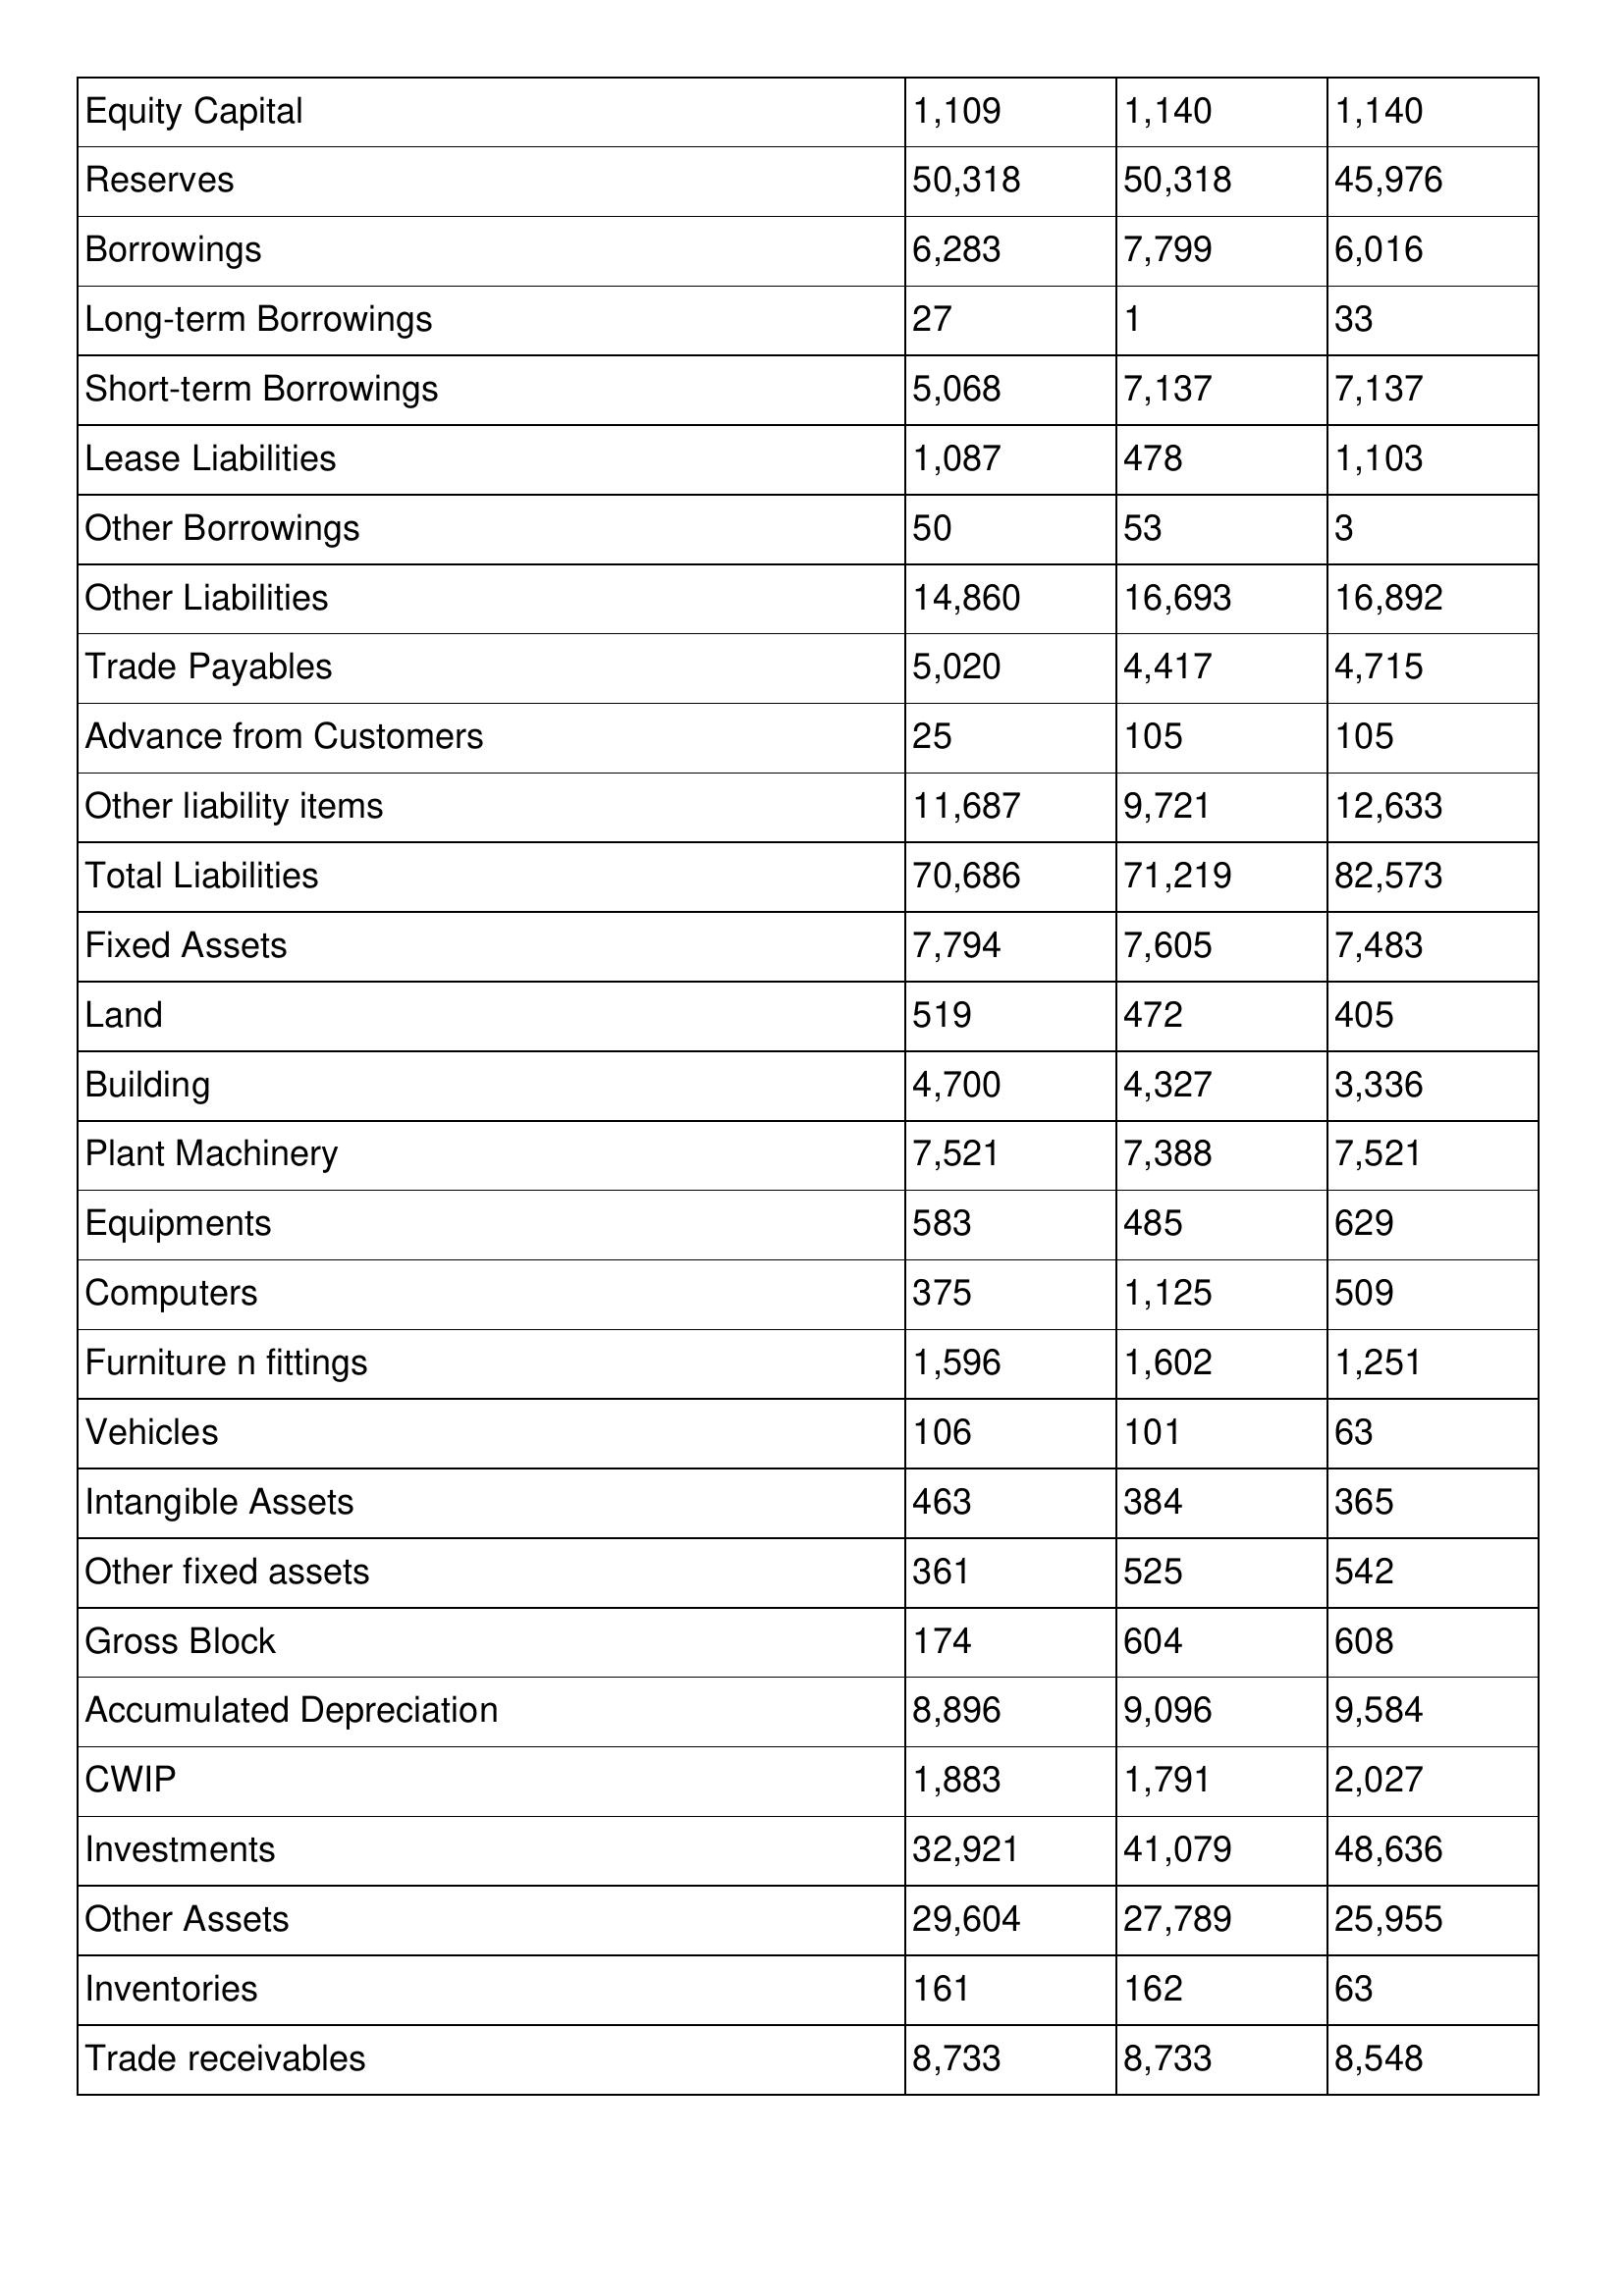
gt_parse: 2007: Balance Sheet: Equity Capital: 1,109
Reserves: 50,318
Borrowings: 6,283
Long-term Borrowings: 27
Short-term Borrowings: 5,068
Lease Liabilities: 1,087
Other Borrowings: 50
Other Liabilities: 14,860
Trade Payables: 5,020
Advance from Customers: 25
Other liability items: 11,687
Total Liabilities: 70,686
Fixed Assets: 7,794
Land: 519
Building: 4,700
Plant Machinery: 7,521
Equipments: 583
Computers: 375
Furniture n fittings: 1,596
Vehicles: 106
Intangible Assets: 463
Other fixed assets: 361
Gross Block: 174
Accumulated Depreciation: 8,896
CWIP: 1,883
Investments: 32,921
Other Assets: 29,604
Inventories: 161
Trade receivables: 8,733
2006: Balance Sheet: Equity Capital: 1,140
Reserves: 50,318
Borrowings: 7,799
Long-term Borrowings: 1
Short-term Borrowings: 7,137
Lease Liabilities: 478
Other Borrowings: 53
Other Liabilities: 16,693
Trade Payables: 4,417
Advance from Customers: 105
Other liability items: 9,721
Total Liabilities: 71,219
Fixed Assets: 7,605
Land: 472
Building: 4,327
Plant Machinery: 7,388
Equipments: 485
Computers: 1,125
Furniture n fittings: 1,602
Vehicles: 101
Intangible Assets: 384
Other fixed assets: 525
Gross Block: 604
Accumulated Depreciation: 9,096
CWIP: 1,791
Investments: 41,079
Other Assets: 27,789
Inventories: 162
Trade receivables: 8,733
2005: Balance Sheet: Equity Capital: 1,140
Reserves: 45,976
Borrowings: 6,016
Long-term Borrowings: 33
Short-term Borrowings: 7,137
Lease Liabilities: 1,103
Other Borrowings: 3
Other Liabilities: 16,892
Trade Payables: 4,715
Advance from Customers: 105
Other liability items: 12,633
Total Liabilities: 82,573
Fixed Assets: 7,483
Land: 405
Building: 3,336
Plant Machinery: 7,521
Equipments: 629
Computers: 509
Furniture n fittings: 1,251
Vehicles: 63
Intangible Assets: 365
Other fixed assets: 542
Gross Block: 608
Accumulated Depreciation: 9,584
CWIP: 2,027
Investments: 48,636
Other Assets: 25,955
Inventories: 63
Trade receivables: 8,548